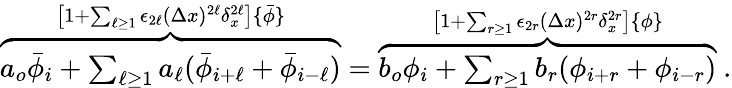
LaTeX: \begin{array}{r}{\overbrace{a_{o}\bar{\phi}_{i}+\sum_{\ell\ge 1}a_{\ell}(\bar{\phi}_{i+\ell}+\bar{\phi}_{i-\ell})}^{\left[1+\sum_{\ell\geq 1}\epsilon_{2\ell}(\Delta x)^{2\ell}\delta_{x}^{2\ell}\right]\{ \bar{\phi}\} }=\overbrace{b_{o}\phi_{i}+\sum_{r\ge 1}b_{r}(\phi_{i+r}+\phi_{i-r})}^{\left[1+\sum_{r\geq 1}\epsilon_{2r}(\Delta x)^{2r}\delta_{x}^{2r}\right]\{ \phi\} }\ .}\end{array}